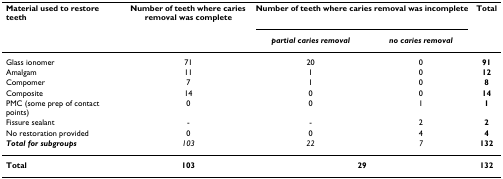
| Material used to restore teeth | Number of teeth where caries removal was complete | <COLSPAN=2> Number of teeth where caries removal was incomplete | Total |
 |  |  | partial caries removal | no caries removal |  |
 | --- | --- | --- | --- | --- |
 | Glass ionomer | 71 | 20 | 0 | 91 |
 | Amalgam | 11 | 1 | 0 | 12 |
 | Compomer | 7 | 1 | 0 | 8 |
 | Composite | 14 | 0 | 0 | 14 |
 | PMC (some prep of contact points) | 0 | 0 | 1 | 1 |
 | Fissure sealant | - | - | 2 | 2 |
 | No restoration provided | 0 | 0 | 4 | 4 |
 | Total for subgroups | 103 | 22 | 7 | 132 |
 | Total | 103 | <COLSPAN=2> 29 | 132 |